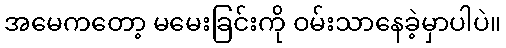
အမေကတော့ မမေးခြင်းကို ဝမ်းသာနေခဲ့မှာပါပဲ။